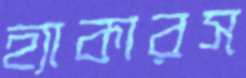
হ্যাকারস